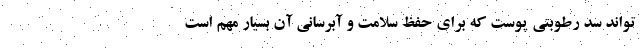
تواند سد رطوبتی پوست که برای حفظ سلامت و آبرسانی آن بسیار مهم است